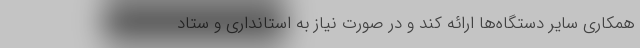
همکاری سایر دستگاه‌ها ارائه کند و در صورت نیاز به استانداری و ستاد